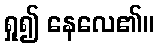
ရှု၍ နေလေ၏။